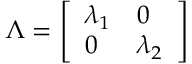
\boldsymbol { \Lambda } = \left[ \begin{array} { l l } { \lambda _ { 1 } } & { 0 } \\ { 0 } & { \lambda _ { 2 } } \end{array} \right]